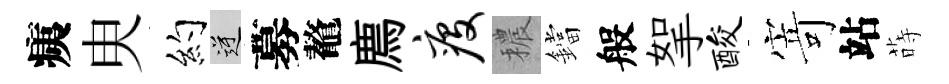
痍㬰约逆募鼇廌疫穠鐺般挐酸𭔃站蒔